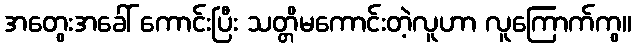
အတွေးအခေါ် ကောင်းပြီး သတ္တိမကောင်းတဲ့လူဟာ လူကြောက်ကွ။